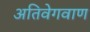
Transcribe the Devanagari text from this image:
अतिवेगवाण